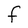
Character: F